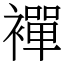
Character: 襌